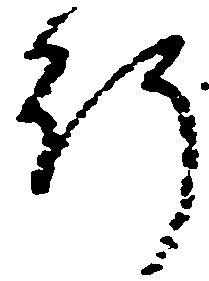
行